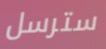
سترسل